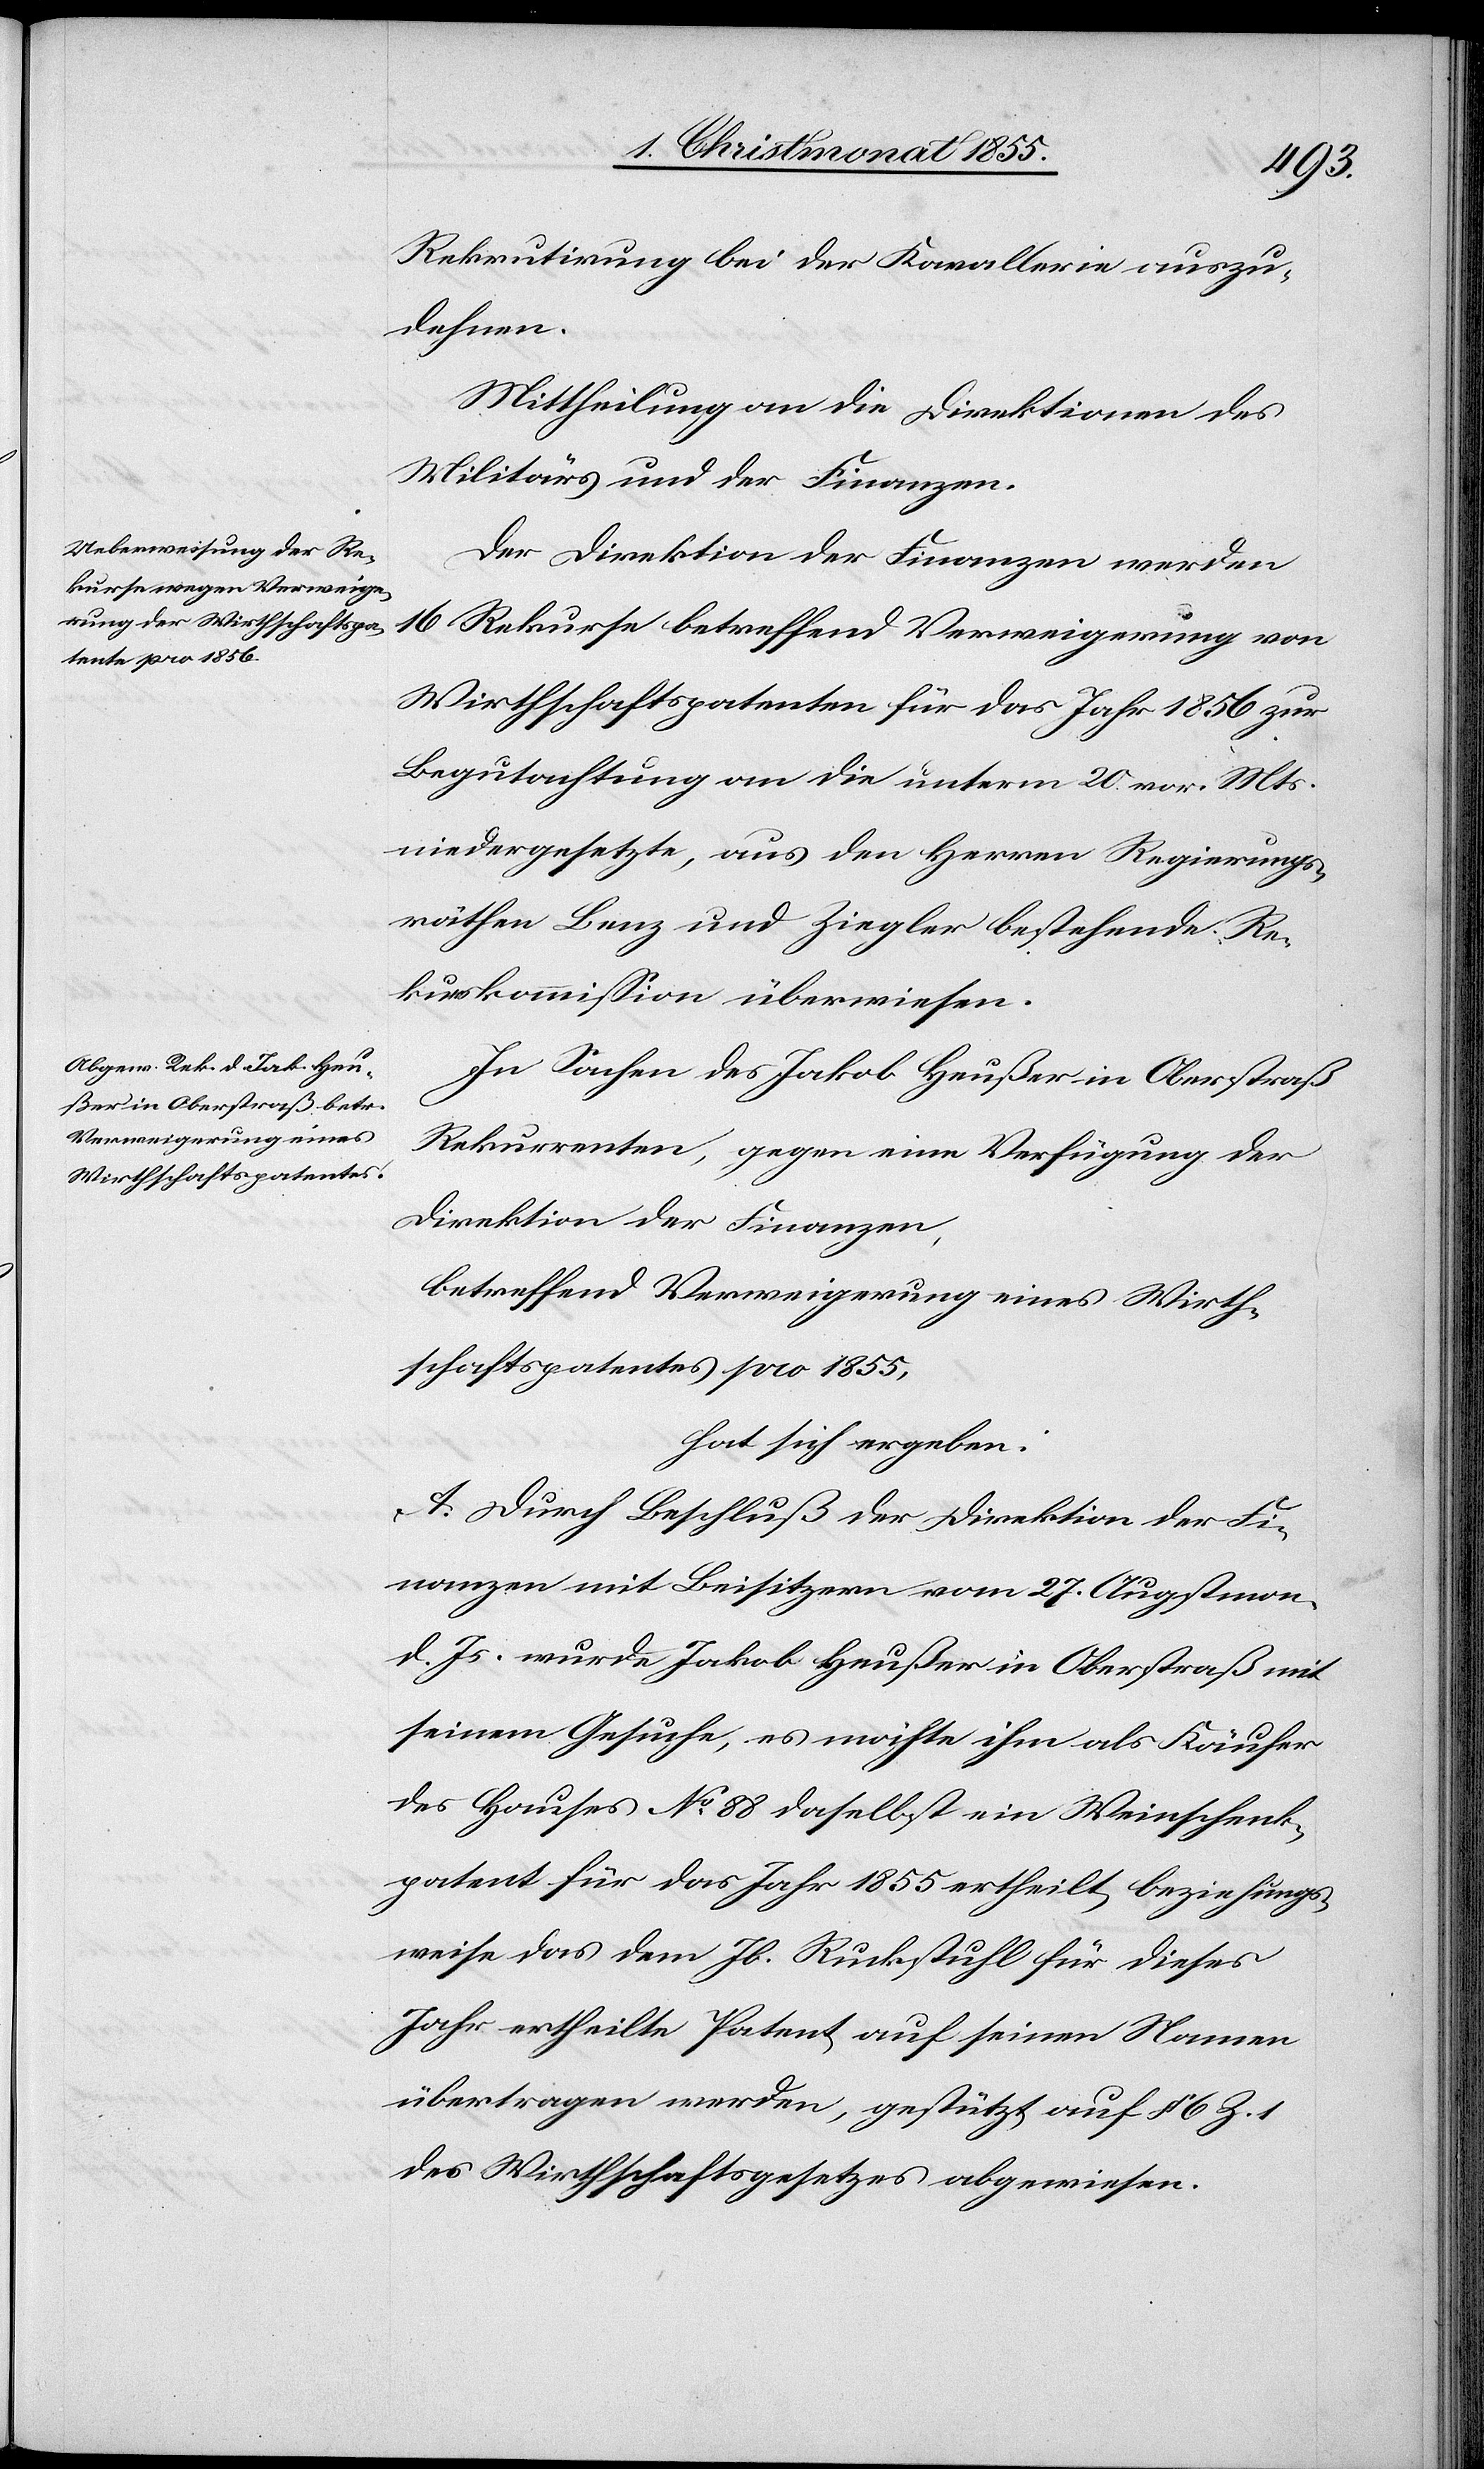
Rekrutirung bei der Kavallerie auszu¬
dehnen.
Mittheilung an die Direktionen des
Militärs und der Finanzen.
Der Direktion der Finanzen werden
16 Rekurse betreffend Verweigerung von
Wirthschaftspatenten für das Jahr 1856 zur
Begutachtung an die unterm 20. vor. Mts.
niedergesetzte, aus den Herren Regierungs¬
räthen Benz und Ziegler bestehende Re¬
kurskommission überwiesen.
In Sachen des Jakob Heußer in Oberstraß
Rekurrenten, gegen eine Verfügung der
Direktion der Finanzen,
betreffend Verweigerung eines Wirth¬
schaftspatentes pro 1855,
hat sich ergeben:
A. Durch Beschluß der Direktion der Fi¬
nanzen mit Beisitzern vom 27. Augstmon.
d. Js. wurde Jakob Heußer in Oberstraß mit
seinem Gesuche, es möchte ihm als Käufer
des Hauses No 88 daselbst ein Weinschenk¬
patent für das Jahr 1855 ertheilt, beziehungs¬
weise das dem Jb. Ruckstuhl für dieses
Jahr ertheilte Patent auf seinen Namen
übertragen werden, gestützt auf § 6 Z. 1
des Wirthschaftsgesetzes abgewiesen.